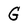
Character: G